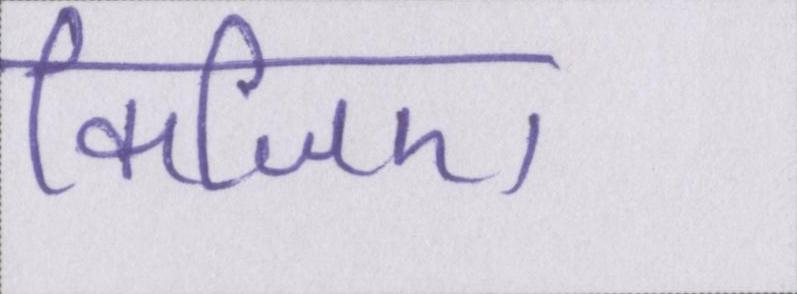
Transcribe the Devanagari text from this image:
किजिए